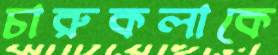
চারুকলাকে